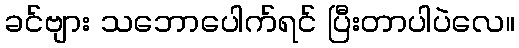
ခင်ဗျား သဘောပေါက်ရင် ပြီးတာပါပဲလေ။